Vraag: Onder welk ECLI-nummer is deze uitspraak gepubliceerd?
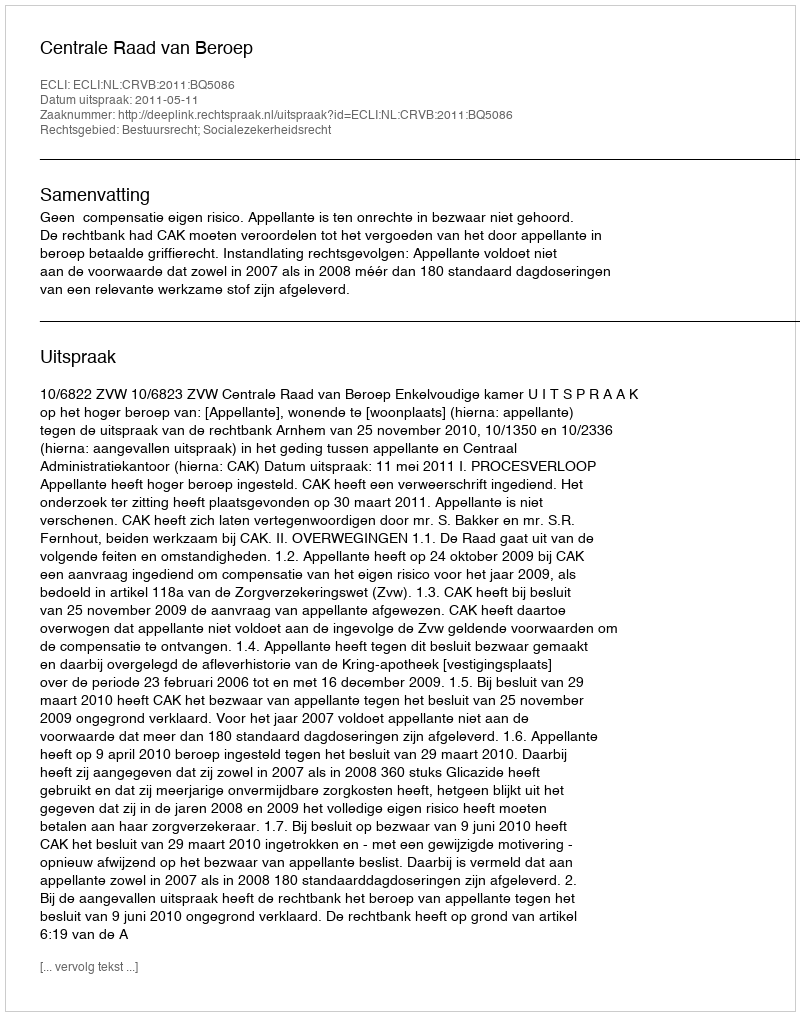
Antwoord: ECLI:NL:CRVB:2011:BQ5086